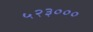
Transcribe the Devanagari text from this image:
५२३०००